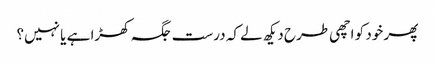
پھر خود کو اچھی طرح دیکھ لے کہ درست جگہ کھڑا ہے یا نہیں؟